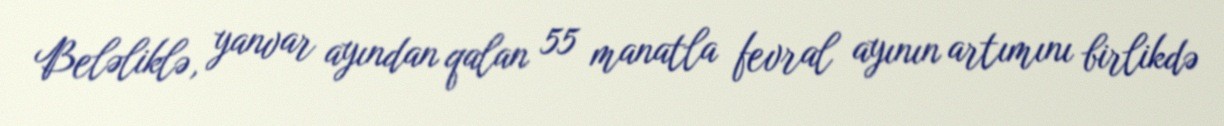
Beləliklə, yanvar ayından qalan 55 manatla fevral ayının artımını birlikdə